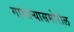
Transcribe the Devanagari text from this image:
गाभाऱ्यासमोरील